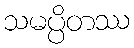
သမပ္ပိတဿ